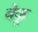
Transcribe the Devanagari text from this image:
वेकू